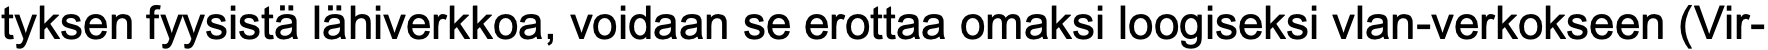
tyksen fyysistä lähiverkkoa, voidaan se erottaa omaksi loogiseksi vlan-verkokseen (Vir-